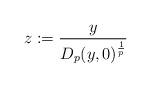
LaTeX: \begin{align*} z:= \frac{y}{D_p(y,0)^\frac{1}{p}} \end{align*}